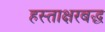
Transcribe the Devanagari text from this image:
हस्ताक्षरबद्ध